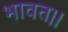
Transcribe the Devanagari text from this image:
भावत।।